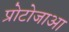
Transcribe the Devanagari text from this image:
प्रोटोजाआ